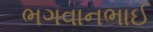
ભગવાનભાઈ